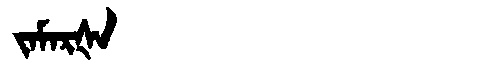
Manchu: ᠵᠠᠮᠠᡵᡧᠠ
Romanization: JAMARŠA